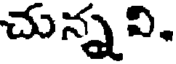
చున్నవి.